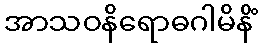
အာသဝနိရောဓဂါမိနိံ